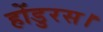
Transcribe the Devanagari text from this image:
होंडुरस।